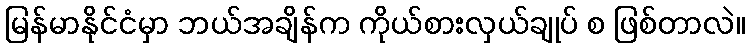
မြန်မာနိုင်ငံမှာ ဘယ်အချိန်က ကိုယ်စားလှယ်ချုပ် စ ဖြစ်တာလဲ။